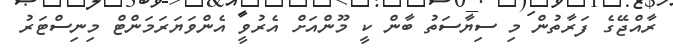
ރާއްޖޭގެ ފަރާތުން މި ސިޔާސަތު ބާން ކީ މޫންއަށް އެރުވީ އެންވަޔަރަމަންޓް މިނިސްޓަރު